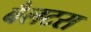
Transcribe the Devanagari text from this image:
बैलटस